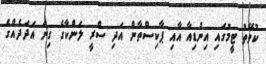
ކުވޭތު ޓީމުގައި އިންޑިއާ އާއި ޕާކިސްތާން އަދި ސްރީ ލަންކާގެ ގިނަ އަދަދެއްގެ